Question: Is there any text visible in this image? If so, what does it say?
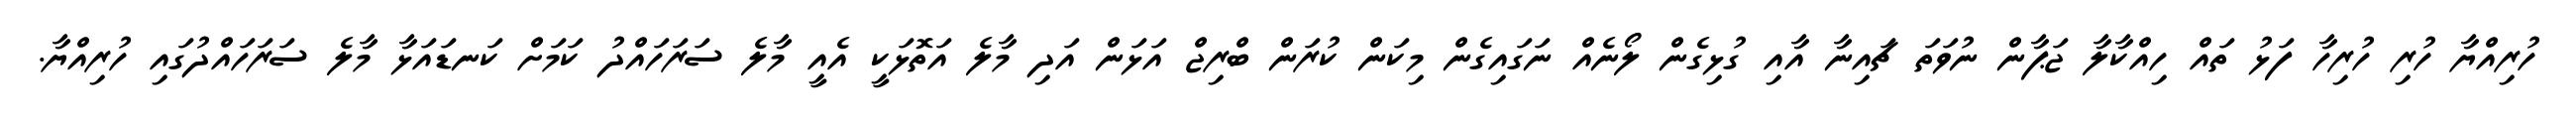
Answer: ހުރިއްޔާ ހުރި ހުރިހާ ފަޅު ތައް ހިއްކާލާ ޖަޕާން ނުވަތަ ޗައިނާ އާއި ގުޅިގެން ލޯނެއް ނަގައިގެން މިކަން ކުރަން ބްރިޖް އަޅަން އަދި މާލެ އަތޮޅަކީ އެއީ މާލެ ސަރަހައްދު ކަމަށް ކަނޑައަޅާ މާލެ ސަރަހައްދުގައި ހުރިއްޔާ.